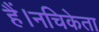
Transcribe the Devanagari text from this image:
हैं।नचिकेता